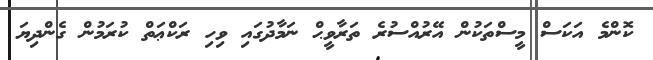
ކޮންމެ އަކަސް މީސްތަކުން އޭރުއްސުރެ ތަރާވީޙް ނަމާދުގައި ވިހި ރަކްޢަތް ކުރަމުން ގެންދިޔަ